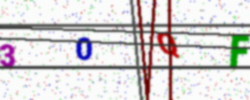
Text: 30QF